Second report of the anti-malarial operations at Mian Mir, 1901-1903 - Number 9
Year: 1901
Disease focus: Malaria
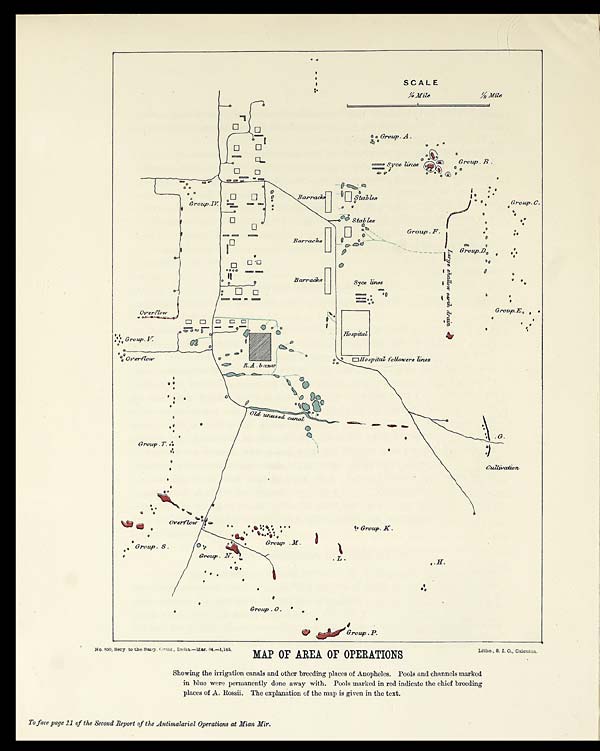
No. 850, Secy to the Sany. Comr., India.—Mar. 04.—1,145.
MAP OF AREA OF OPERATIONS
Litho., S. I. O., Calcutta.
Showing the irrigation canals and other breeding places of Anopheles. Pools and channels marked
in blue were permanently done away with. Pools marked in red indicate the chief breeding
places of A. Rossii. The explanation of the map is given in the text.
To face page 11 of the Second Report of the Antimalarial Operations at Mian Mir.